Report on the working of the Ranchi Indian Mental Hospital, Kanke, in Bihar and Orissa - 1930-1940
Year: 1930
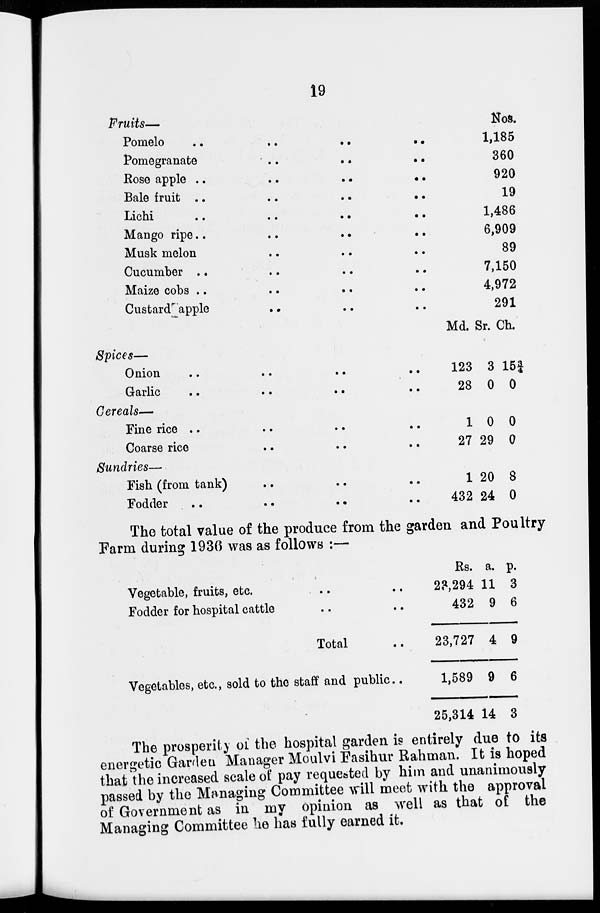
19
Fruits—
Pomelo .. .. .. ..
Pomegranate .. .. ..
Rose apple .. .. ..
..
Bale fruit .. .. .. ..
Lichi .. .. .. ..
Mango ripe..
..
..
Musk melon .. .. ..
Cucumber .. .. .. ..
Maize cobs .. .. .. ..
Custard apple .. .. ..
Nos.
1,185
360
920
19
1,486
6,909
89
7,150
4,972
291
Spices—
Onion .. .. .. ..
Garlic .. .. .. ..
Cereals—
Fine rice .. .. .. ..
Coarse rice .. .. ..
Sundries—
Fish (from tank) .. .. ..
Fodder .. .. .. ..
Md.
123
28
1
27
1
432
Sr.
3
0
0
29
20
24
Ch.
15¾
0
0
0
8
0
The total value of the produce from the garden and Poultry
Farm during 1936 was as follows :—
Vegetable, fruits, etc. .. ..
Fodder for hospital cattle .. ..
Total ..
Vegetables, etc., sold to the staff and public..
Rs.
23,294
432
23,727
1,589
25,314
a.
11
9
4
9
14
p.
3
6
9
6
3
The prosperity of the hospital garden is entirely due to its
energetic Garden Manager Moulvi Fasihur Rahman. It is hoped
that the increased scale of pay requested by him and unanimously
passed by the Managing Committee will meet with the approval
of Government as in my opinion as well as that of the
Managing Committee he has fully earned it.